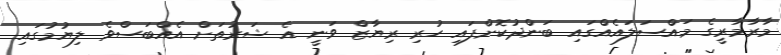
މާރާމާރީގެ މައްސަލައެއްގައި ބަންދުކޮށްފައި ހުރި ރިޔާޒް ވަނީ އެ ޝަރުތަށް އެއްބަސްވެ ލިޔުމުގައި